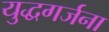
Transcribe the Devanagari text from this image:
युद्धगर्जना